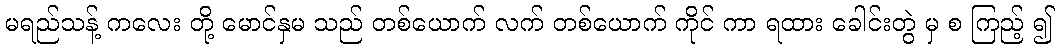
မရည်သန့် ကလေး တို့ မောင်နှမ သည် တစ်ယောက် လက် တစ်ယောက် ကိုင် ကာ ရထား ခေါင်းတွဲ မှ စ ကြည့် ၍